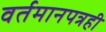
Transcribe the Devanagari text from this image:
वर्तमानपत्रही